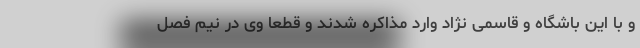
و با این باشگاه و قاسمی نژاد وارد مذاکره شدند و قطعا وی در نیم فصل